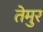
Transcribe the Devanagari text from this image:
तेमुर